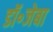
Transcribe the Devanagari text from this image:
डॉ॰जेबा